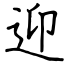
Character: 迎